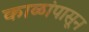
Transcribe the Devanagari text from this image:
काळांपासून